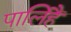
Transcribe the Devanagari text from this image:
पालिहैं